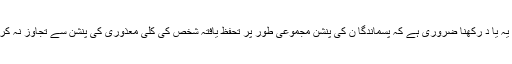
تاہم یہ یا د رکھنا ضروری ہے کہ پسماندگا ن کی پنشن مجموعی طور پر تحفظ یافتہ شخص کی کلی معذوری کی پنشن سے تجاوز نہ کرے۔